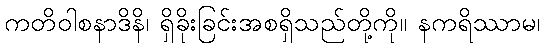
ကတိဝါစနာဒိနိ၊ ရှိခိုးခြင်းအစရှိသည်တို့ကို။ နကရိဿာမ၊